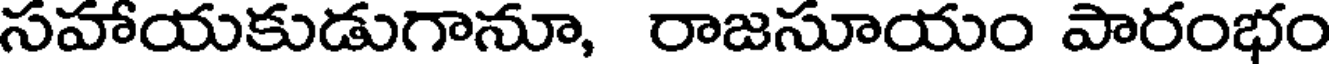
సహాయకుడుగానూ, రాజసూయం పారంభం